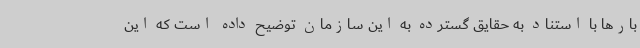
بارها با استناد به حقایق گسترده به این سازمان توضیح داده است که این